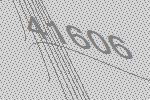
41606